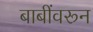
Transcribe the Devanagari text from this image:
बाबींवरून